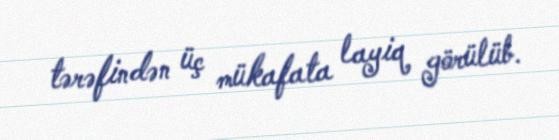
tərəfindən üç mükafata layiq görülüb.